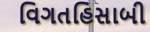
વિગતહિસાબી